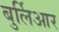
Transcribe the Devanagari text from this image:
बुर्लिआर